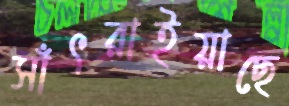
সাঁৎরাইয়াছে